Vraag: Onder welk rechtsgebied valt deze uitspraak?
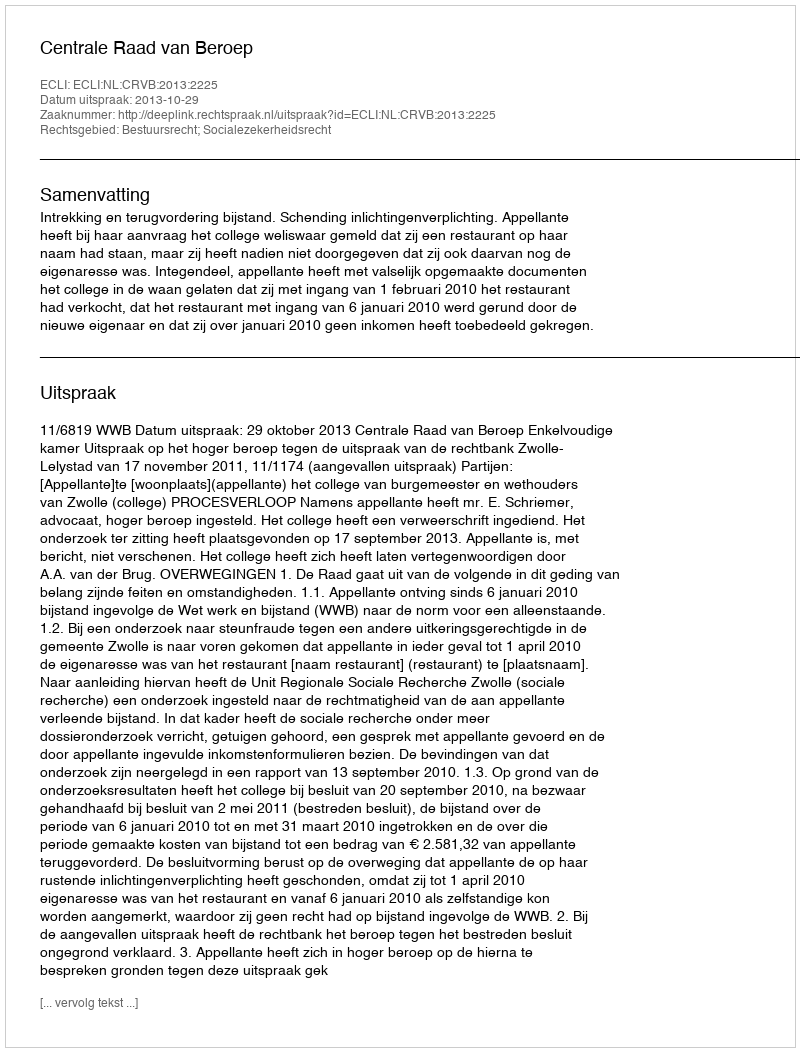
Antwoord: Bestuursrecht; Socialezekerheidsrecht